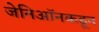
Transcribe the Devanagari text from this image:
जेनिऑनकडून